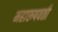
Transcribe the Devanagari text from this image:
महारूपवती